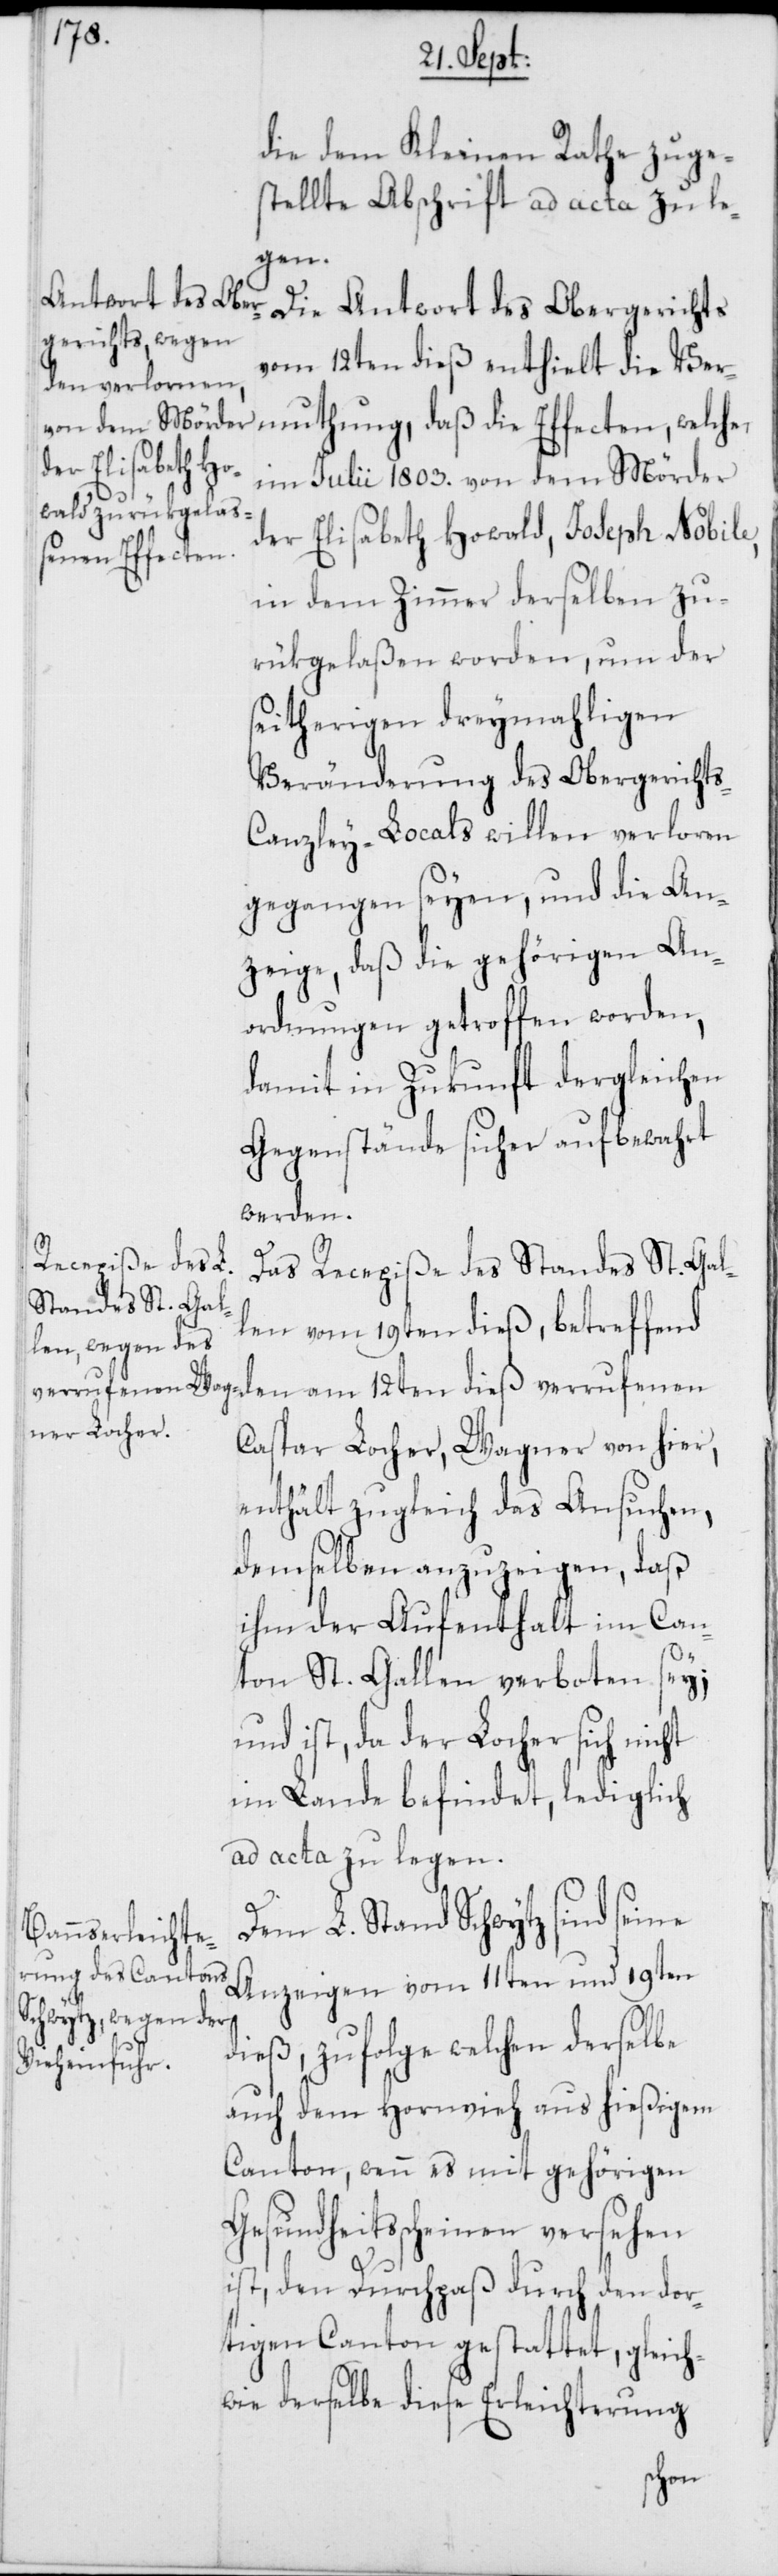
die dem Kleinen Rathe zuge¬
stellte Abschrift ad acta zu le¬
gen.
Die Antwort des Obergerichts
vom 12ten dieß enthielt die Ver¬
muthung, daß die Effecten, welche
im Julii 1803. von dem Mörder
der Elisabeth Howald, Joseph Nobile,
in dem Zimmer derselben zu¬
rükgelaßen worden, um der
seitherigen dreymahligen
Veränderung des Obergericht¬
anzley-Locals willen verloren
gegangen seyen, und die An¬
zeige, daß die gehörigen An¬
ordnungen getroffen worden,
damit in Zukunft dergleichen
Gegenstände sicher aufbewahrt
werden.
Das
Recepiße des L.
Standes St. Gal¬
len vom 19ten dieß, betreffend
Caspar Locher, Wagner von hier,
enthält zugleich das Ansuchen,
demselben anzuzeigen, daß
ihm der Aufenthalt im Can¬
ton St. Gallen verboten sey;
und ist, da der Locher sich nicht
im Lande befindet, lediglich
ad acta zu legen.
Dem L. Stand Schwytz sind seine
Anzeigen vom 11ten und 19ten
dieß, zufolge welchen derselbe
auch dem Hornvieh aus hießigem
Canton, wenn es mit gehörigen
Gesundheitsscheinen versehen
ist, den Durchpaß durch den dor¬
tigen Canton gestattet, gleich¬
wie derselbe diese Erleichterung